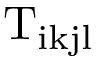
\mathrm { T _ { i k j l } }